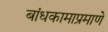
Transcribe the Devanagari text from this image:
बांधकामाप्रमाणे